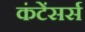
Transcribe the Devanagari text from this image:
कंटेंसर्स